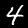
Digit: 4